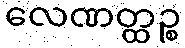
လေဏတ္ထဉ္စ